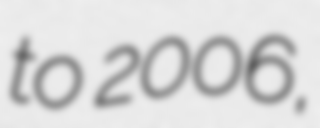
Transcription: to 2006,